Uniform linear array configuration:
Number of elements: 4
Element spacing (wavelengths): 1
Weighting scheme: cosine
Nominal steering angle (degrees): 15
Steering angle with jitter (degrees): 15.814
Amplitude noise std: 0.05
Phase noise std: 0.05

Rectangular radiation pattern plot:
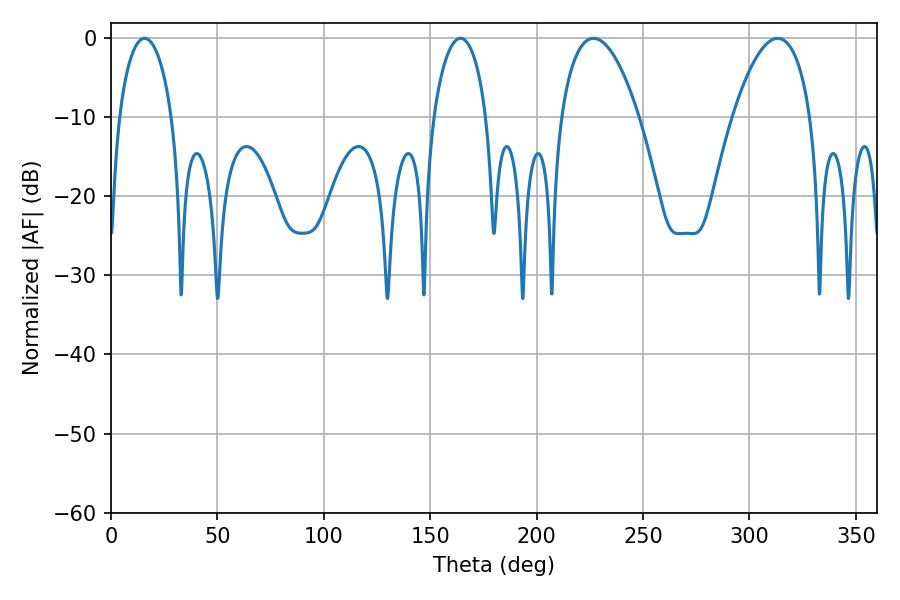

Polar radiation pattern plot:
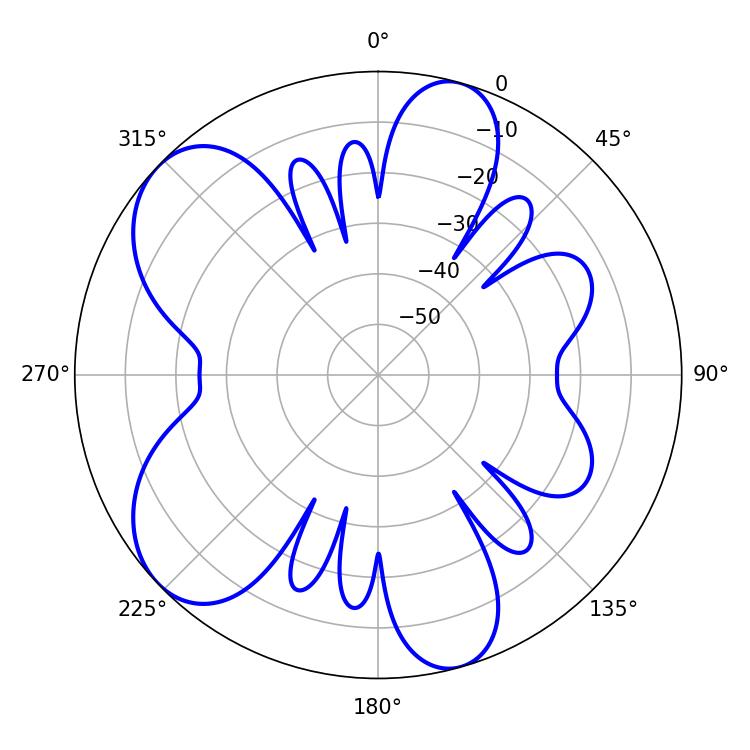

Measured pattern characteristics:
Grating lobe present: TRUE
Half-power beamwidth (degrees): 20.52
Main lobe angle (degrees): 226.8